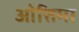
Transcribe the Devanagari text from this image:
ओत्तिमा